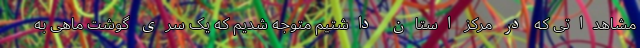
مشاهداتی که در مرکز استان داشتیم متوجه شدیم که یک سری گوشت ماهی به